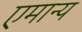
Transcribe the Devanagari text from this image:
एमान्य